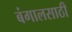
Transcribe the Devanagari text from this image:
बंगालसाठी